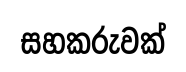
සහකරුවක්